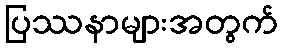
ပြဿနာများအတွက်